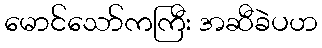
မောင်သော်ကကြီး အဆီခဲပဟ